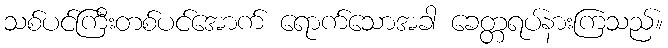
သစ်ပင်ကြီးတစ်ပင်အောက် ရောက်သောအခါ ခေတ္တရပ်နားကြသည်။